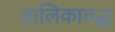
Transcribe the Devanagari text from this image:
तालिकाबद्ध